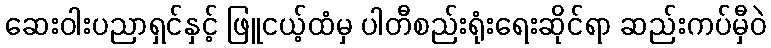
ဆေးဝါးပညာရှင်နှင့် ဖြူငယ့်ထံမှ ပါတီစည်းရုံးရေးဆိုင်ရာ ဆည်းကပ်မှီဝဲ